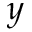
y